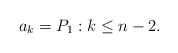
\begin{align*} a_k=P_1:k\leq n-2.\end{align*}